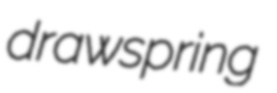
drawspring